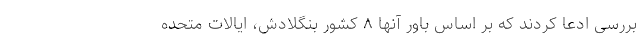
بررسی ادعا کردند که بر اساس باور آنها ۸ کشور بنگلادش، ایالات متحده